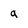
Character: a